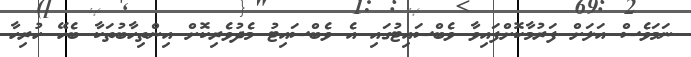
ނަމަވެސް އަލަށް ފަރުމާކޮށްފައިވާ ވެބްސައިޓުގައި އެ ވެބްސައިޓު މެދުވެރިކޮށް އިންތިހާބުތަކާ ބެހޭ ހުރިހާ